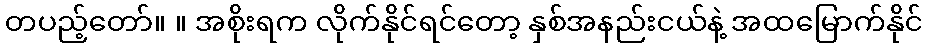
တပည့်တော်။ ။ အစိုးရက လိုက်နိုင်ရင်တော့ နှစ်အနည်းငယ်နဲ့ အထမြောက်နိုင်